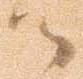
御